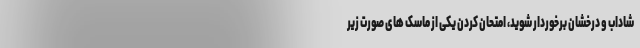
شاداب و درخشان برخوردار شوید، امتحان کردن یکی از ماسک های صورت زیر